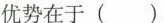
优势在于()